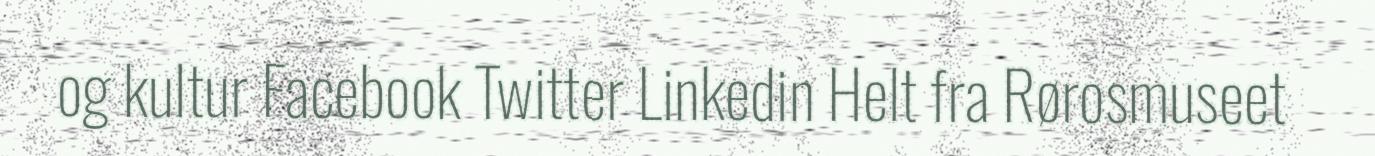
og kultur Facebook Twitter Linkedin Helt fra Rørosmuseet